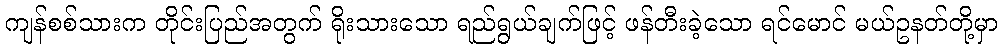
ကျန်စစ်သားက တိုင်းပြည်အတွက် ရိုးသားသော ရည်ရွယ်ချက်ဖြင့် ဖန်တီးခဲ့သော ရင်မောင် မယ်ဥနတ်တို့မှာ